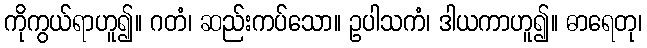
ကိုကွယ်ရာဟူ၍။ ဂတံ၊ ဆည်းကပ်သော။ ဥပါသကံ၊ ဒါယကာဟူ၍။ ဓာရေတု၊